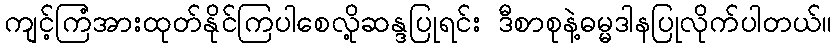
ကျင့်ကြံအားထုတ်နိုင်ကြပါစေလို့ဆန္ဒပြုရင်း ဒီစာစုနဲ့ဓမ္မဒါနပြုလိုက်ပါတယ်။